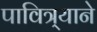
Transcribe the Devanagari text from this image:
पावित्र्याने